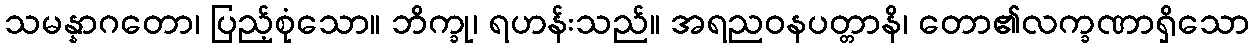
သမန္နာဂတော၊ ပြည့်စုံသော။ ဘိက္ခု၊ ရဟန်းသည်။ အရညဝနပတ္တာနိ၊ တော၏လက္ခဏာရှိသော